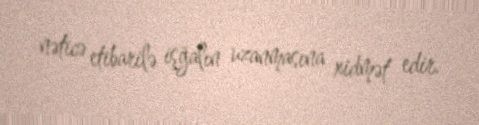
nəticə etibarilə işğalın uzanmasına xidmət edir.